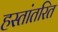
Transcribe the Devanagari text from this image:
हस्‍तांतरित